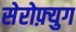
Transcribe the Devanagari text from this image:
सेरोफ़्युग